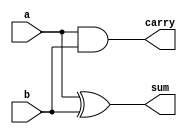
/*  821811 
    Felipe Rivetti Mizher
    Guia_0801
*/
module halfAdder(
    input a, b,
    output sum, carry
);
    xor XOR1( sum, a, b );
    and AND1( carry, a, b );
endmodule

module fullAdder(
    input a, b, cin,
    output sum, carry
);
    wire c1;
    halfAdder HA0(a, b, sum, c1);
    halfAdder HA1(c1, cin, sum, carry);
endmodule

module Guia_0801(
    input [4:0] operand_a,
    input [4:0] operand_b,
    output [4:0] result,
    output carry_out
);
    wire [4:0] sum;
    wire carry;

    fullAdder FA0(operand_a[0], operand_b[0], 1'b0, sum[0], carry);
    fullAdder FA1(operand_a[1], operand_b[1], sum[0], sum[1], carry);
    fullAdder FA2(operand_a[2], operand_b[2], sum[1], sum[2], carry);
    fullAdder FA3(operand_a[3], operand_b[3], sum[2], sum[3], carry);
    fullAdder FA4(operand_a[4], operand_b[4], sum[3], sum[4], carry);

    assign result = sum;
    assign carry_out = carry;
endmodule

module Guia_0801_tb;
    reg [4:0] operand_a, operand_b;
    wire [4:0] result;
    wire carry_out;

    Guia_0801 uut(operand_a, operand_b, result, carry_out);

    initial begin
        $monitor("operand_a=%b, operand_b=%b, result=%b, carry_out=%b", operand_a, operand_b, result, carry_out);
        operand_a = 5'b00011; operand_b = 5'b00011;
        #10;
        operand_a = 5'b00001; operand_b = 5'b00001;
        #10;
        operand_a = 5'b00010; operand_b = 5'b00010;
        #10;
        operand_a = 5'b00100; operand_b = 5'b00100;
        #10;
        operand_a = 5'b01000; operand_b = 5'b01000;
        #10;
        operand_a = 5'b10000; operand_b = 5'b10000;
        #10;
        $finish();
    end
endmodule